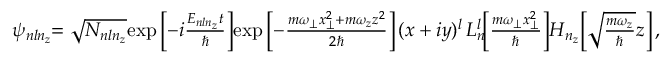
\begin{array} { r } { \psi _ { n l n _ { z } } \! \! = \sqrt { N _ { n l n _ { z } } } \! \exp \left[ - i \frac { E _ { n l n _ { z } } t } { \hbar } \right] \! \exp \left[ - \frac { m \omega _ { \perp } x _ { \perp } ^ { 2 } + m \omega _ { z } z ^ { 2 } } { 2 \hbar } \right] ( x + i y ) ^ { l } \, L _ { n } ^ { l } \! \! \left[ \frac { m \omega _ { \perp } x _ { \perp } ^ { 2 } } { \hbar } \right] \! H _ { n _ { z } } \! \left[ \sqrt { \frac { m \omega _ { z } } { \hbar } } z \right] , } \end{array}